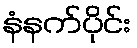
နံနက်ပိုင်း